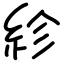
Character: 紾